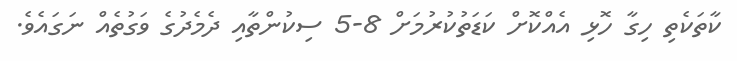
ކާތަކެތި ހިގާ ހޮޅި އެއްކޮށް ކަޑަތުކުރުމަށް 8-5 ސިކުންތާއި ދެމެދުގެ ވަގުތެއް ނަގައެވެ.